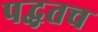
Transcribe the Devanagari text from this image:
पद्धतच